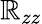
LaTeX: \mathbb{R}_{zz}